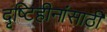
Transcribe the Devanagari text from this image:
दृष्टिहीनांसाठी